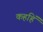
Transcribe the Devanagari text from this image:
कहहिं